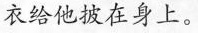
衣给他披在身上。